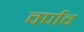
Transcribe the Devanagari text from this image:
वर्णव